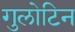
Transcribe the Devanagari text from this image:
गुलोटिन